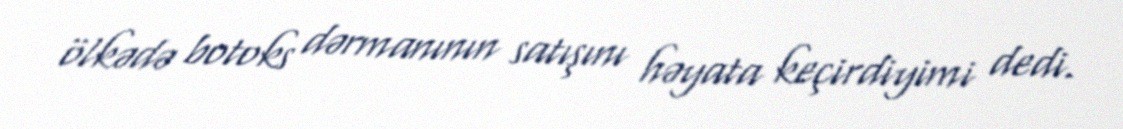
ölkədə botoks dərmanının satışını həyata keçirdiyimi dedi.